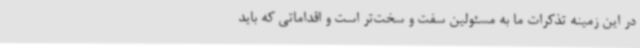
در این زمینه تذکرات ما به مسئولین سفت و سخت‌تر است و اقداماتی که باید